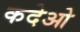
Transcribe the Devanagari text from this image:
कदेओ